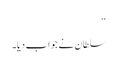
‘‘
سلطان نے جواب دیا۔